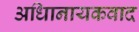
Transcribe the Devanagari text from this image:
अधिानायकवाद